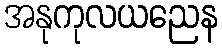
အနုကုလယညေန